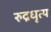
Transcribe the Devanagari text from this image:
रुद्रधृत्य